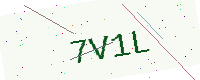
Text: 7V1L